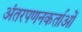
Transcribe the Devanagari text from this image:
अंतरपणनकर्ताओं